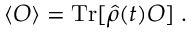
\langle { \cal O } \rangle = \mathrm { T r } [ \hat { \rho } ( t ) { \cal O } ] \; .